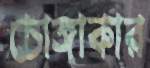
চোঙ্গাকার